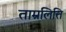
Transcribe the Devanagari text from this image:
ताम्रलित्ति